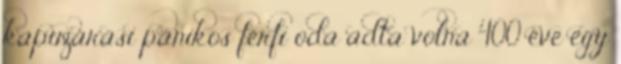
kapuzárási pánikos férfi oda adta volna 400 éve egy